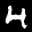
Label: 4